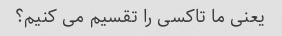
یعنی ما تاکسی را تقسیم می کنیم؟